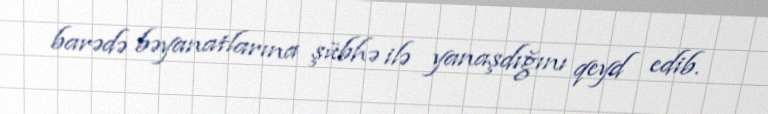
barədə bəyanatlarına şübhə ilə yanaşdığını qeyd edib.